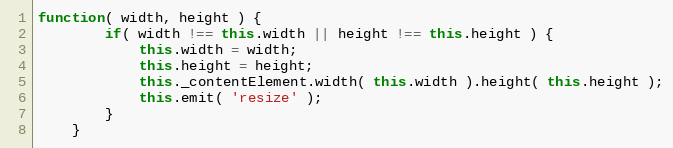
Language: JavaScript
function( width, height ) {
		if( width !== this.width || height !== this.height ) {
			this.width = width;
			this.height = height;
			this._contentElement.width( this.width ).height( this.height );
			this.emit( 'resize' );
		}
	}